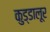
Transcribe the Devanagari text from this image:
कुड्डालूर